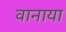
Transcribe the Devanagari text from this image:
वानाया